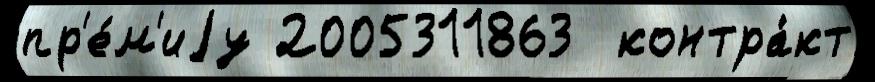
пр'е́м'иjу 2005311863  контра́кт